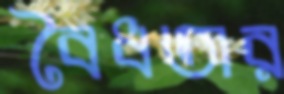
বৈধতার